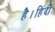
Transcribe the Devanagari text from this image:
है।हिंदी